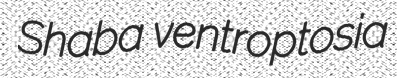
Shaba ventroptosia